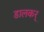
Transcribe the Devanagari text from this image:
डालकर्